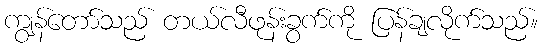
ကျွန်တော်သည် တယ်လီဖုန်းခွက်ကို ပြန်ချလိုက်သည်။